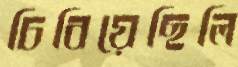
চিবিয়েছিলি